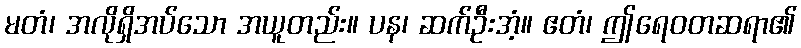
မတံ၊ အလိုရှိအပ်သော အယူတည်း။ ပန၊ ဆက်ဦးအံ့။ ဧတံ၊ ဤရေဝတဆရာ၏